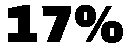
17%